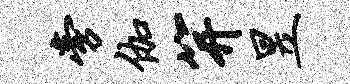
旁伽笄昱